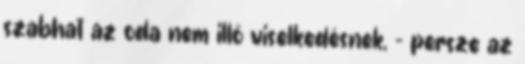
szabhat az oda nem illő viselkedésnek, - persze az